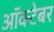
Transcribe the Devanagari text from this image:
आॅक्टेबर